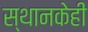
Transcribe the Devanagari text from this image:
स्थानकेही